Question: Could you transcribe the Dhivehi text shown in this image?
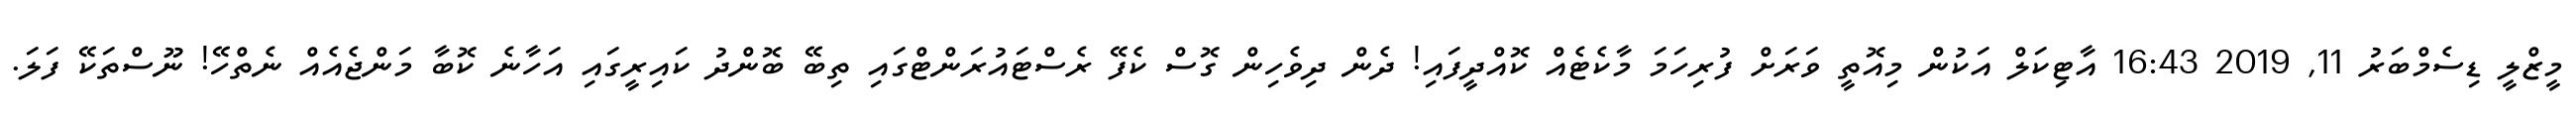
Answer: މީޒްލީ ޑިސެމްބަރު 11, 2019 16:43 އާޓިކަލް އަކުން މިއޮތީ ވަރަށް ފުރިހަމަ މާކެޓެއް ކޮއްދީފައި! ދެން ދިވެހިން ގޮސް ކެފޭ ރެސްޓައުރަންޓްގައި ތިބޭ ބޮންދު ކައިރީގައި އަހާނެ ކޮބާ މަންޖެއެއް ނެތްހޭ! ނޫސްތަކޭ ފަލަ.